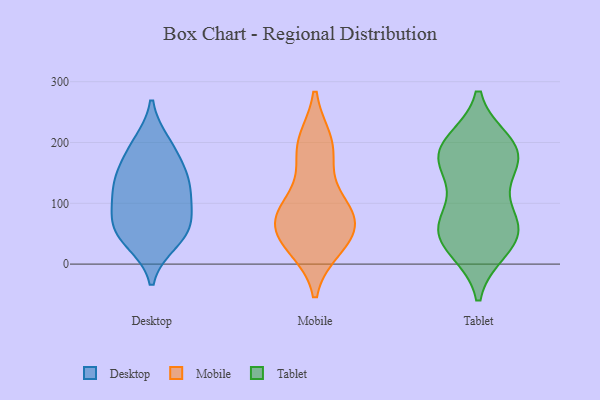
{"axis": {"x": "Budget (USD K)", "y": "Value"}, "legend": ["Desktop", "Mobile", "Tablet"], "data": [{"x": "", "y": 53, "type": "Desktop"}, {"x": "", "y": 75, "type": "Desktop"}, {"x": "", "y": 149, "type": "Desktop"}, {"x": "", "y": 50, "type": "Desktop"}, {"x": "", "y": 118, "type": "Desktop"}, {"x": "", "y": 197, "type": "Desktop"}, {"x": "", "y": 38, "type": "Desktop"}, {"x": "", "y": 82, "type": "Desktop"}, {"x": "", "y": 125, "type": "Desktop"}, {"x": "", "y": 187, "type": "Desktop"}, {"x": "", "y": 138, "type": "Desktop"}, {"x": "", "y": 199, "type": "Mobile"}, {"x": "", "y": 74, "type": "Mobile"}, {"x": "", "y": 29, "type": "Mobile"}, {"x": "", "y": 35, "type": "Mobile"}, {"x": "", "y": 100, "type": "Mobile"}, {"x": "", "y": 85, "type": "Mobile"}, {"x": "", "y": 40, "type": "Mobile"}, {"x": "", "y": 174, "type": "Mobile"}, {"x": "", "y": 84, "type": "Mobile"}, {"x": "", "y": 200, "type": "Mobile"}, {"x": "", "y": 65, "type": "Mobile"}, {"x": "", "y": 25, "type": "Tablet"}, {"x": "", "y": 177, "type": "Tablet"}, {"x": "", "y": 60, "type": "Tablet"}, {"x": "", "y": 27, "type": "Tablet"}, {"x": "", "y": 175, "type": "Tablet"}, {"x": "", "y": 196, "type": "Tablet"}, {"x": "", "y": 76, "type": "Tablet"}, {"x": "", "y": 60, "type": "Tablet"}, {"x": "", "y": 44, "type": "Tablet"}, {"x": "", "y": 199, "type": "Tablet"}, {"x": "", "y": 168, "type": "Tablet"}, {"x": "", "y": 186, "type": "Tablet"}, {"x": "", "y": 138, "type": "Tablet"}, {"x": "", "y": 72, "type": "Tablet"}]}